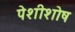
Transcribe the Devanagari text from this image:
पेशीशोष